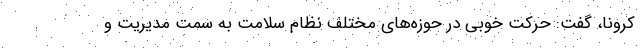
کرونا، گفت: حرکت خوبی در حوزه‌های مختلف نظام سلامت به سمت مدیریت و